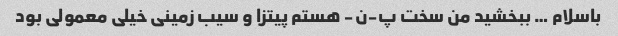
باسلام … ببخشید من سخت پ-ن- هستم پیتزا و سیب زمینی خیلی معمولی بود